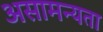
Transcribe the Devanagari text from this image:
असामन्यता